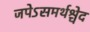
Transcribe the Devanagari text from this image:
जपेऽसमर्थश्चेद